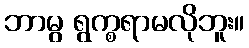
ဘာမွ ရွက္စရာမလိုဘူး။